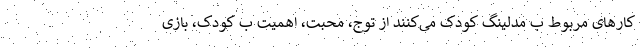
کارهای مربوط ب مدلینگ کودک می‌کنند از توج، محبت، اهمیت ب کودک، بازی